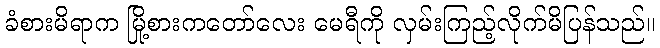
ခံစားမိရာက မြို့စားကတော်လေး မေရီကို လှမ်းကြည့်လိုက်မိပြန်သည်။